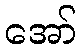
အော်